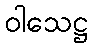
ဝါသေဋ္ဌ